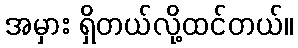
အမှား ရှိတယ်လို့ထင်တယ်။